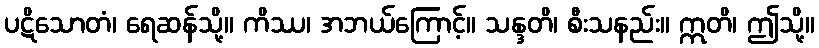
ပဋိသောတံ၊ ရေဆန်သို့။ ကိဿ၊ အဘယ်ကြောင့်။ သန္ဒတိ၊ စီးသနည်း။ ဣတိ၊ ဤသို့။